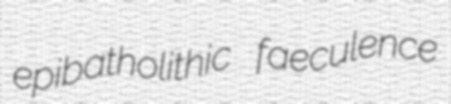
epibatholithic faeculence